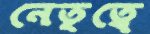
নেতৃত্বে